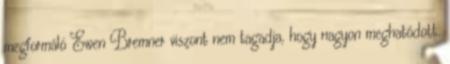
megformáló Ewen Bremner viszont nem tagadja, hogy nagyon meghatódott.